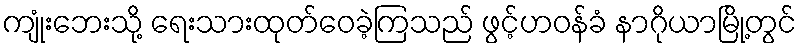
ကျုံးဘေးသို့ ရေးသားထုတ်ဝေခဲ့ကြသည် ဖွင့်ဟဝန်ခံ နာဂိုယာမြို့တွင်